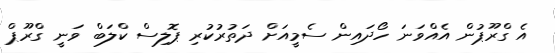
އެ ގްރޫޕުން އެއްވަނަ ހޯދައިން ސެމީއަށް ދަތުރުކުރި ޕޮލިސް ކްލަބް ވަނީ ގްރޫޕް